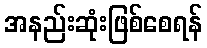
အနည်းဆုံးဖြစ်စေရန်